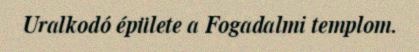
Uralkodó épülete a Fogadalmi templom.